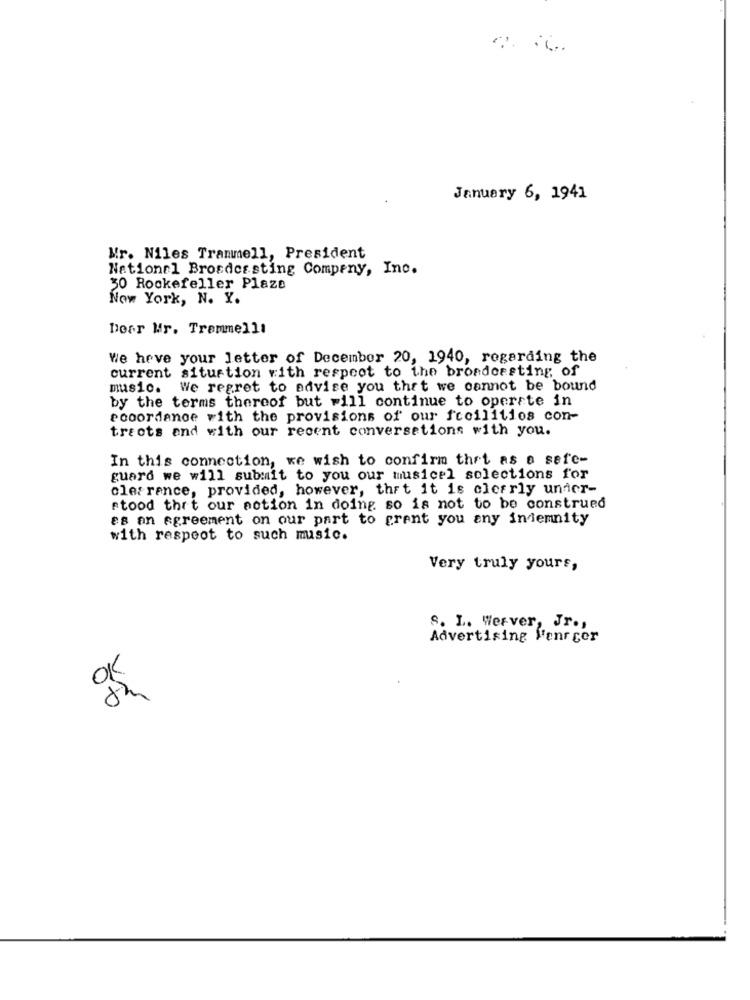
January 6, 1941
Mr. Niles Trammell, President
National Broadcasting Company, Inc.
50 Rockefeller Plaze
Now York, N. Y.
Dear Mr. Tremmelll
We heve your letter of December 20, 1940, regarding the
current situation with respect to the broadcasting of
music. We regret to advise you that we cannot be bound
by the terms thereof but will continue to operate in
ecoordance with the provisions of our fccilities con-
trects and with our recent conversations with you.
In this connection, we wish to confirm that as a safe-
guard we will submit to you our musicel solections for
clearance, provided, however, that it is clearly under-
stood thrt our action in doing so is not to be construed
es an agreement on our part to prent you any indemnity
with respect to such music.
Very truly yours,
S. L. Werver, Jr .,
Advertising Menrcer